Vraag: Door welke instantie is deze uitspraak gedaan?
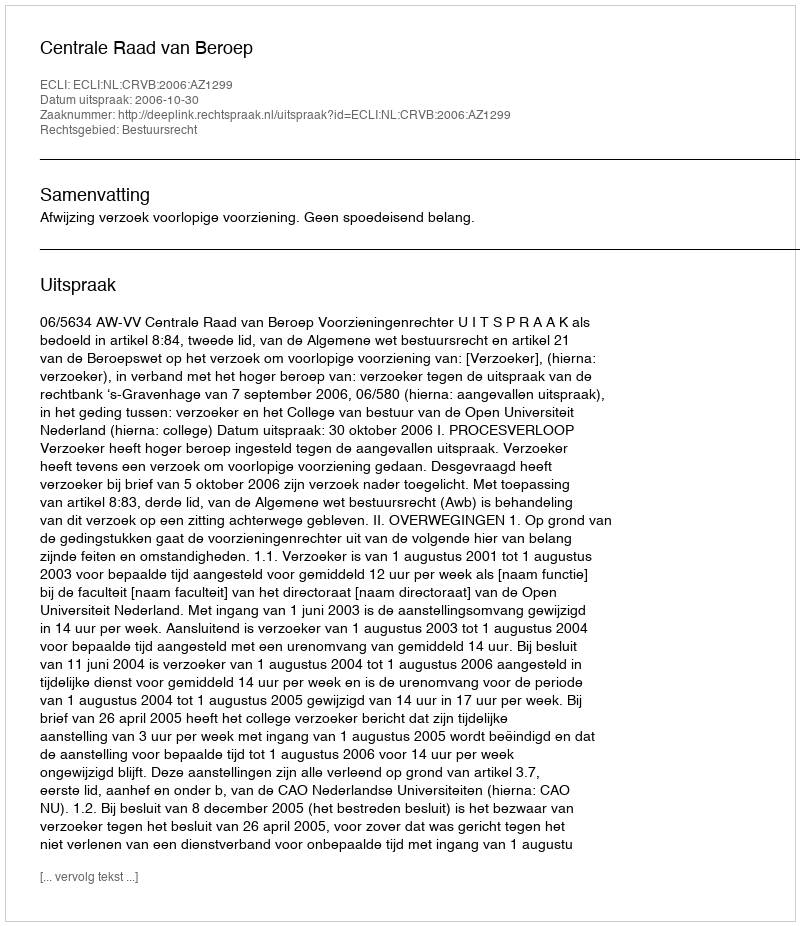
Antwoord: Centrale Raad van Beroep